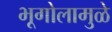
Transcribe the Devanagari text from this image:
भूगोलामुळे